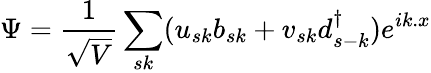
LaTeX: \Psi={\frac{1}{\sqrt{V}}}\sum_{sk}(u_{sk}b_{sk}+v_{sk}d_{s-k}^{\dagger})e^{ik.x}